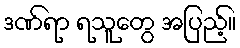
ဒဏ်ရာ ရသူတွေ အပြည့်။